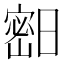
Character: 𱚓